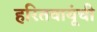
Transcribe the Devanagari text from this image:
हरितवायूंची